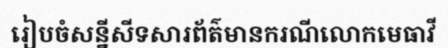
រៀបចំសន្នីសីទសារព័ត៌មានករណីលោកមេធាវី